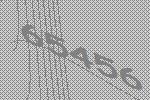
65456